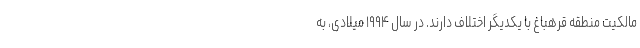
مالکیت منطقه قرهباغ با یکدیگر اختلاف دارند. در سال ۱۹۹۴ میلادی، به